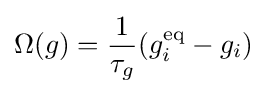
\Omega (g)={\frac {1}{\tau _{g}}}(g_{i}^{\text{eq}}-g_{i})